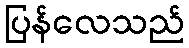
ပြန်လေသည်